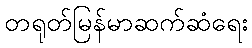
တရုတ်မြန်မာဆက်ဆံရေး